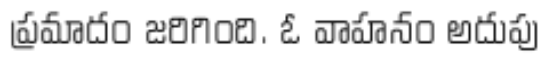
ప్రమాదం జరిగింది. ఓ వాహనం అదుపు